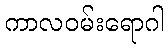
ကာလဝမ်းရောဂါ